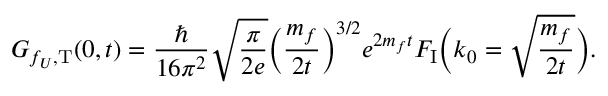
G _ { f _ { U } , \mathrm { T } } ( 0 , t ) = \frac { \hbar } { 1 6 \pi ^ { 2 } } \sqrt { \frac { \pi } { 2 e } } \Bigl ( \frac { m _ { f } } { 2 t } \Bigr ) ^ { 3 / 2 } e ^ { 2 m _ { f } t } F _ { \mathrm { I } } \Bigl ( k _ { 0 } = \sqrt { \frac { m _ { f } } { 2 t } } \Bigr ) .